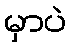
မှာပဲ